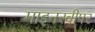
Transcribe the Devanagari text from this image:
माइनस्वीपर